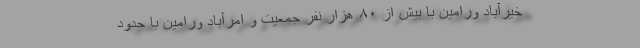
خیرآباد ورامین با بیش از ۸۰ هزار نفر جمعیت و امرآباد ورامین با حدود